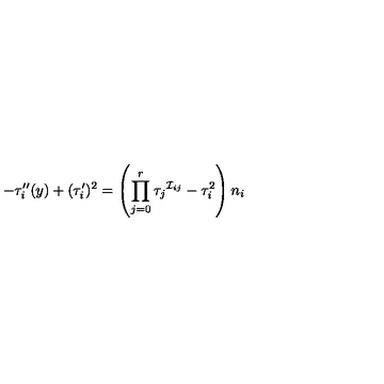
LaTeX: - \tau _ { i } ^ { \prime \prime } ( y ) + ( \tau _ { i } ^ { \prime } ) ^ { 2 } = \left( \prod _ { j = 0 } ^ { r } \tau _ { j } { } ^ { \mathcal { I } _ { i j } } - \tau _ { i } ^ { 2 } \right) n _ { i }